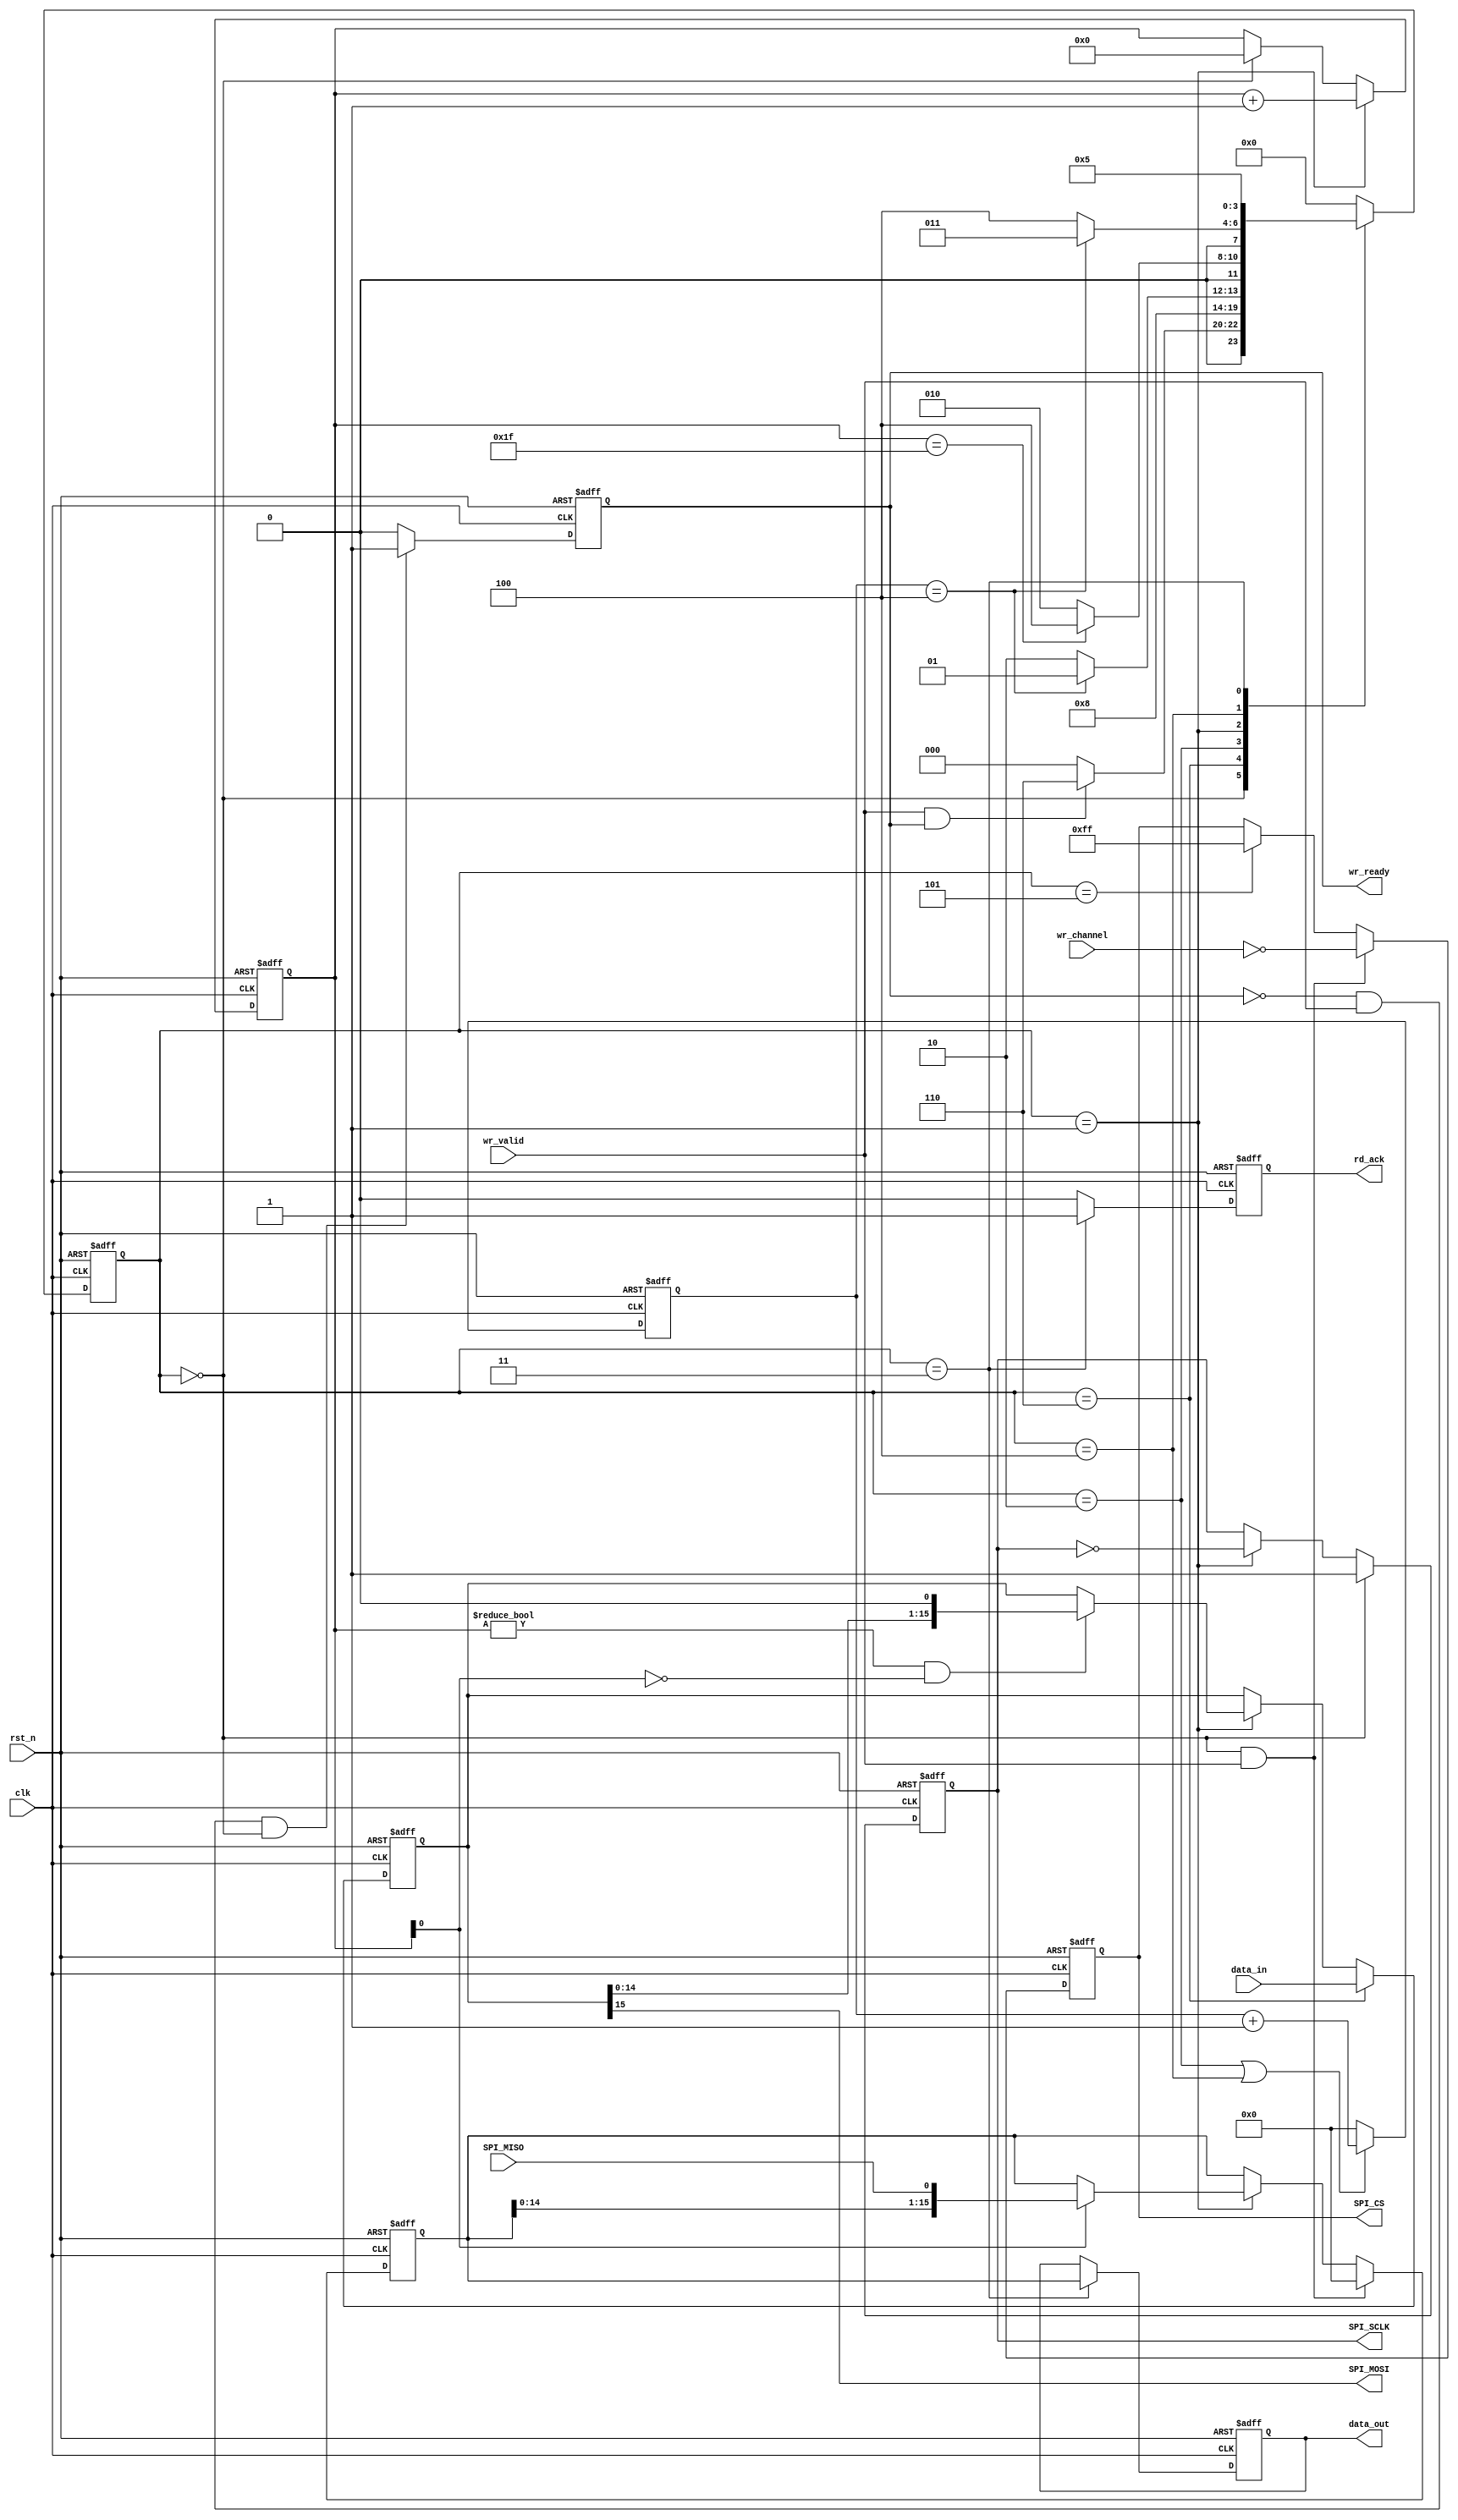
`timescale 1ns / 1ps
//////////////////////////////////////////////////////////////////////////////////
// Company: 
// Engineer: 
// 
// Design Name: 
// Module Name: spi_master_core
// Project Name: 
// Target Devices: 
// Tool Versions: 
// Description: CPOLCPHA
//()mode 0:00:sclk
//()mode 1:01:sclk
//()mode 2:10:sclk
//()mode 3:11:sclk
//
//
// Dependencies:
// 
// Revision:
// Revision 0.01 - File Created
// Additional Comments:
// 
//////////////////////////////////////////////////////////////////////////////////
//ad5302  01
module spi_master_core #(
    parameter CHANNEL = 8,
    parameter REG_WIDTH = 16,
    parameter CPOL = 1,  //  H idle
    parameter CPHA = 1,  // H sckL sck
    parameter CLK_DIV = 5
) (
    input clk,
    input rst_n,

    output [CHANNEL-1:0] SPI_CS,    //spi cs
    output               SPI_SCLK,  //spi clock
    output               SPI_MOSI,  //spi data output
    input                SPI_MISO,  //spi input

    input      [  CHANNEL-1:0] wr_channel,
    input                      wr_valid,    //
    output                     wr_ready,    //
    output reg                 rd_ack,
    input      [REG_WIDTH-1:0] data_in,     //data in
    output     [REG_WIDTH-1:0] data_out     //data out
);


  localparam BITCNT = REG_WIDTH * 2;
  /***************************/
  reg                 DCLK_reg;
  reg [  CHANNEL-1:0] r_CS;
  reg [REG_WIDTH-1:0] MOSI_shift;
  reg [REG_WIDTH-1:0] MISO_shift;

  reg [REG_WIDTH-1:0] r_data_out;
  reg                 r_wr_ack;

  reg [         15:0] clk_cnt;
  reg [          7:0] clk_edge_cnt;
  /***************************/
  reg [          3:0] state;
  reg [          3:0] next_state;
  localparam S_IDLE = 0;
  localparam S_INIT = 6;
  localparam S_DCLK_EDGE = 1;  //
  localparam S_DCLK_IDLE = 2;
  localparam S_ACK = 3;  //
  localparam S_LAST_HALF_CYCLE = 4;  //
  localparam S_ACK_WAIT = 5;
  /***************************/
  assign SPI_MOSI = MOSI_shift[REG_WIDTH-1];
  assign SPI_SCLK = DCLK_reg;
  assign data_out = r_data_out;
  assign wr_ready = r_wr_ack;
  assign SPI_CS   = r_CS;
  /******************************************************************/
  always @(posedge clk or negedge rst_n) begin
    if (!rst_n) state <= S_IDLE;
    else state <= next_state;
  end
  always @(*) begin
    case (state)
      S_IDLE:
      if (wr_valid && r_wr_ack) next_state <= S_INIT;
      else next_state <= S_IDLE;
      S_INIT: next_state <= S_DCLK_IDLE;
      S_DCLK_IDLE:
      if (clk_cnt == CLK_DIV - 1) next_state <= S_DCLK_EDGE;
      else next_state <= S_DCLK_IDLE;
      S_DCLK_EDGE:  //
      if (clk_edge_cnt == BITCNT - 1) next_state <= S_LAST_HALF_CYCLE;
      else next_state <= S_DCLK_IDLE;
      S_LAST_HALF_CYCLE:  //
      if (clk_cnt == CLK_DIV - 1) next_state <= S_ACK;
      else next_state <= S_LAST_HALF_CYCLE;
      S_ACK: next_state <= S_ACK_WAIT;
      S_ACK_WAIT: next_state <= S_IDLE;
      default: next_state <= S_IDLE;
    endcase
  end
  /******************************************************************/
  //SPI clock wait counter
  always @(posedge clk or negedge rst_n) begin
    if (!rst_n) clk_cnt <= 16'd0;
    else if (state == S_DCLK_IDLE || state == S_LAST_HALF_CYCLE) clk_cnt <= clk_cnt + 16'd1;
    else clk_cnt <= 16'd0;
  end
  always @(posedge clk or negedge rst_n) begin
    if (!rst_n) DCLK_reg <= 1'b0;
    else if (state == S_IDLE) DCLK_reg <= CPOL;
    else if (state == S_DCLK_EDGE) DCLK_reg <= ~DCLK_reg;  //SPI clock edge
  end

  always @(posedge clk, negedge rst_n) begin
    if (!rst_n) r_CS <= 16'hffff;
    else if (state == S_IDLE && wr_valid == 1'b1) r_CS <= ~wr_channel;
    else if (state == S_ACK_WAIT) r_CS <= 16'hffff;  //0-1?
    else r_CS <= r_CS;
  end

  /******************************************************************/

  //SPI clock edge counter
  always @(posedge clk or negedge rst_n) begin
    if (!rst_n) clk_edge_cnt <= 8'd0;
    else if (state == S_DCLK_EDGE) clk_edge_cnt <= clk_edge_cnt + 8'd1;
    else if (state == S_IDLE) clk_edge_cnt <= 8'd0;
  end
  /******************************************************************/
  //SPI data output
  always @(posedge clk or negedge rst_n) begin
    if (!rst_n) MOSI_shift <= 8'd0;
    else if (state == S_INIT) MOSI_shift <= data_in;  //
    else if (state == S_DCLK_EDGE)
      if (CPHA == 1'b0 && clk_edge_cnt[0] == 1'b1) MOSI_shift <= {MOSI_shift[REG_WIDTH-2:0], 1'b0};
      else if (CPHA == 1'b1 && (clk_edge_cnt != 5'd0 && clk_edge_cnt[0] == 1'b0)) MOSI_shift <= {MOSI_shift[REG_WIDTH-2:0], 1'b0};
  end
  /******************************************************************/
  //SPI data input
  always @(posedge clk or negedge rst_n) begin
    if (!rst_n) MISO_shift <= 8'd0;
    else if (state == S_IDLE && wr_valid) MISO_shift <= 8'h00;
    else if (state == S_DCLK_EDGE)
      if (CPHA == 1'b0 && clk_edge_cnt[0] == 1'b0) MISO_shift <= {MISO_shift[REG_WIDTH-2:0], SPI_MISO};
      else if (CPHA == 1'b1 && (clk_edge_cnt[0] == 1'b1)) MISO_shift <= {MISO_shift[REG_WIDTH-2:0], SPI_MISO};
  end
  always @(posedge clk, negedge rst_n) begin
    if (!rst_n) r_data_out <= 'd0;
    else if (state == S_ACK) r_data_out <= MISO_shift;
    else r_data_out <= r_data_out;
  end
  always @(posedge clk, negedge rst_n) begin
    if (!rst_n) rd_ack <= 'd0;
    else if (state == S_ACK) rd_ack <= 1'd1;
    else rd_ack <= 'd0;
  end

  always @(posedge clk, negedge rst_n) begin
    if (!rst_n) r_wr_ack <= 1'd0;
    else if (!r_wr_ack && wr_valid && state == S_IDLE) r_wr_ack <= 1'b1;
    else r_wr_ack <= 1'd0;
  end

endmodule